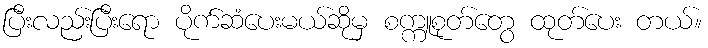
ပြီးလည်းပြီးရော ပိုက်ဆံပေးမယ်ဆိုမှ စက္ကူစုတ်တွေ ထုတ်ပေး တယ်။